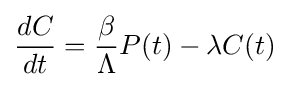
{\frac {dC}{dt}}={\frac {\beta }{\Lambda }}P(t)-\lambda C(t)